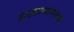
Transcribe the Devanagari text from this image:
द्वादशाध्यायात्मक